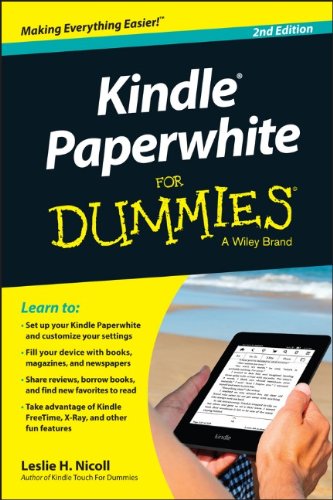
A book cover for Kindle Paperwhite For Dummies; Leslie H. Nicoll; Computers & Technology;